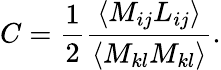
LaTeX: C=\frac{1}{2}\frac{\langle M_{ij}L_{ij}\rangle}{\langle M_{kl}M_{kl}\rangle}.